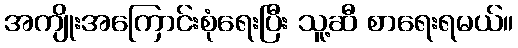
အကျိုးအကြောင်းစုံရေးပြီး သူ့ဆီ စာရေးရမယ်။